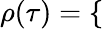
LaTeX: \rho(\tau)=\left\{ \begin{array}{rlrl}\end{array}\right.